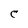
Character: C